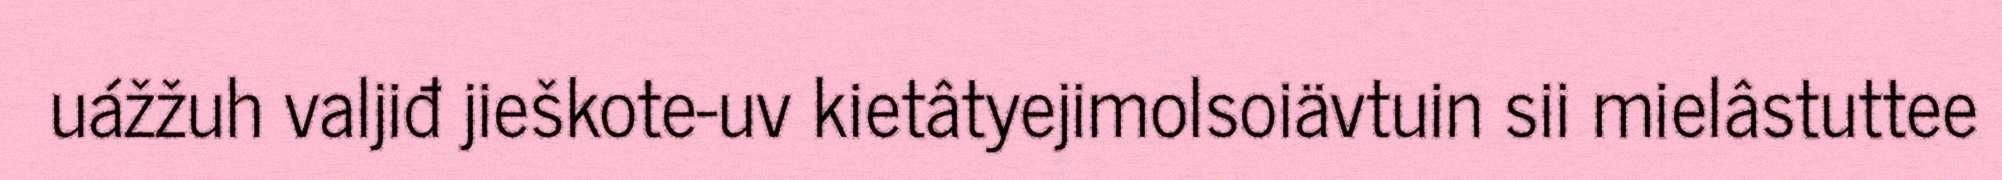
uážžuh valjiđ jieškote-uv kietâtyejimolsoiävtuin sii mielâstuttee